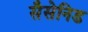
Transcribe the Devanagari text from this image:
सैसेनिड